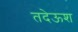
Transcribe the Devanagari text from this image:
तदेऊश